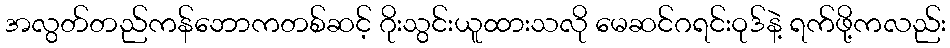
အလွတ်တည်ကန်ဘောကတစ်ဆင့် ဂိုးသွင်းယူထားသလို မေဆင်ဂရင်းဝုဒ်နဲ့ ရက်ဖို့ကလည်း